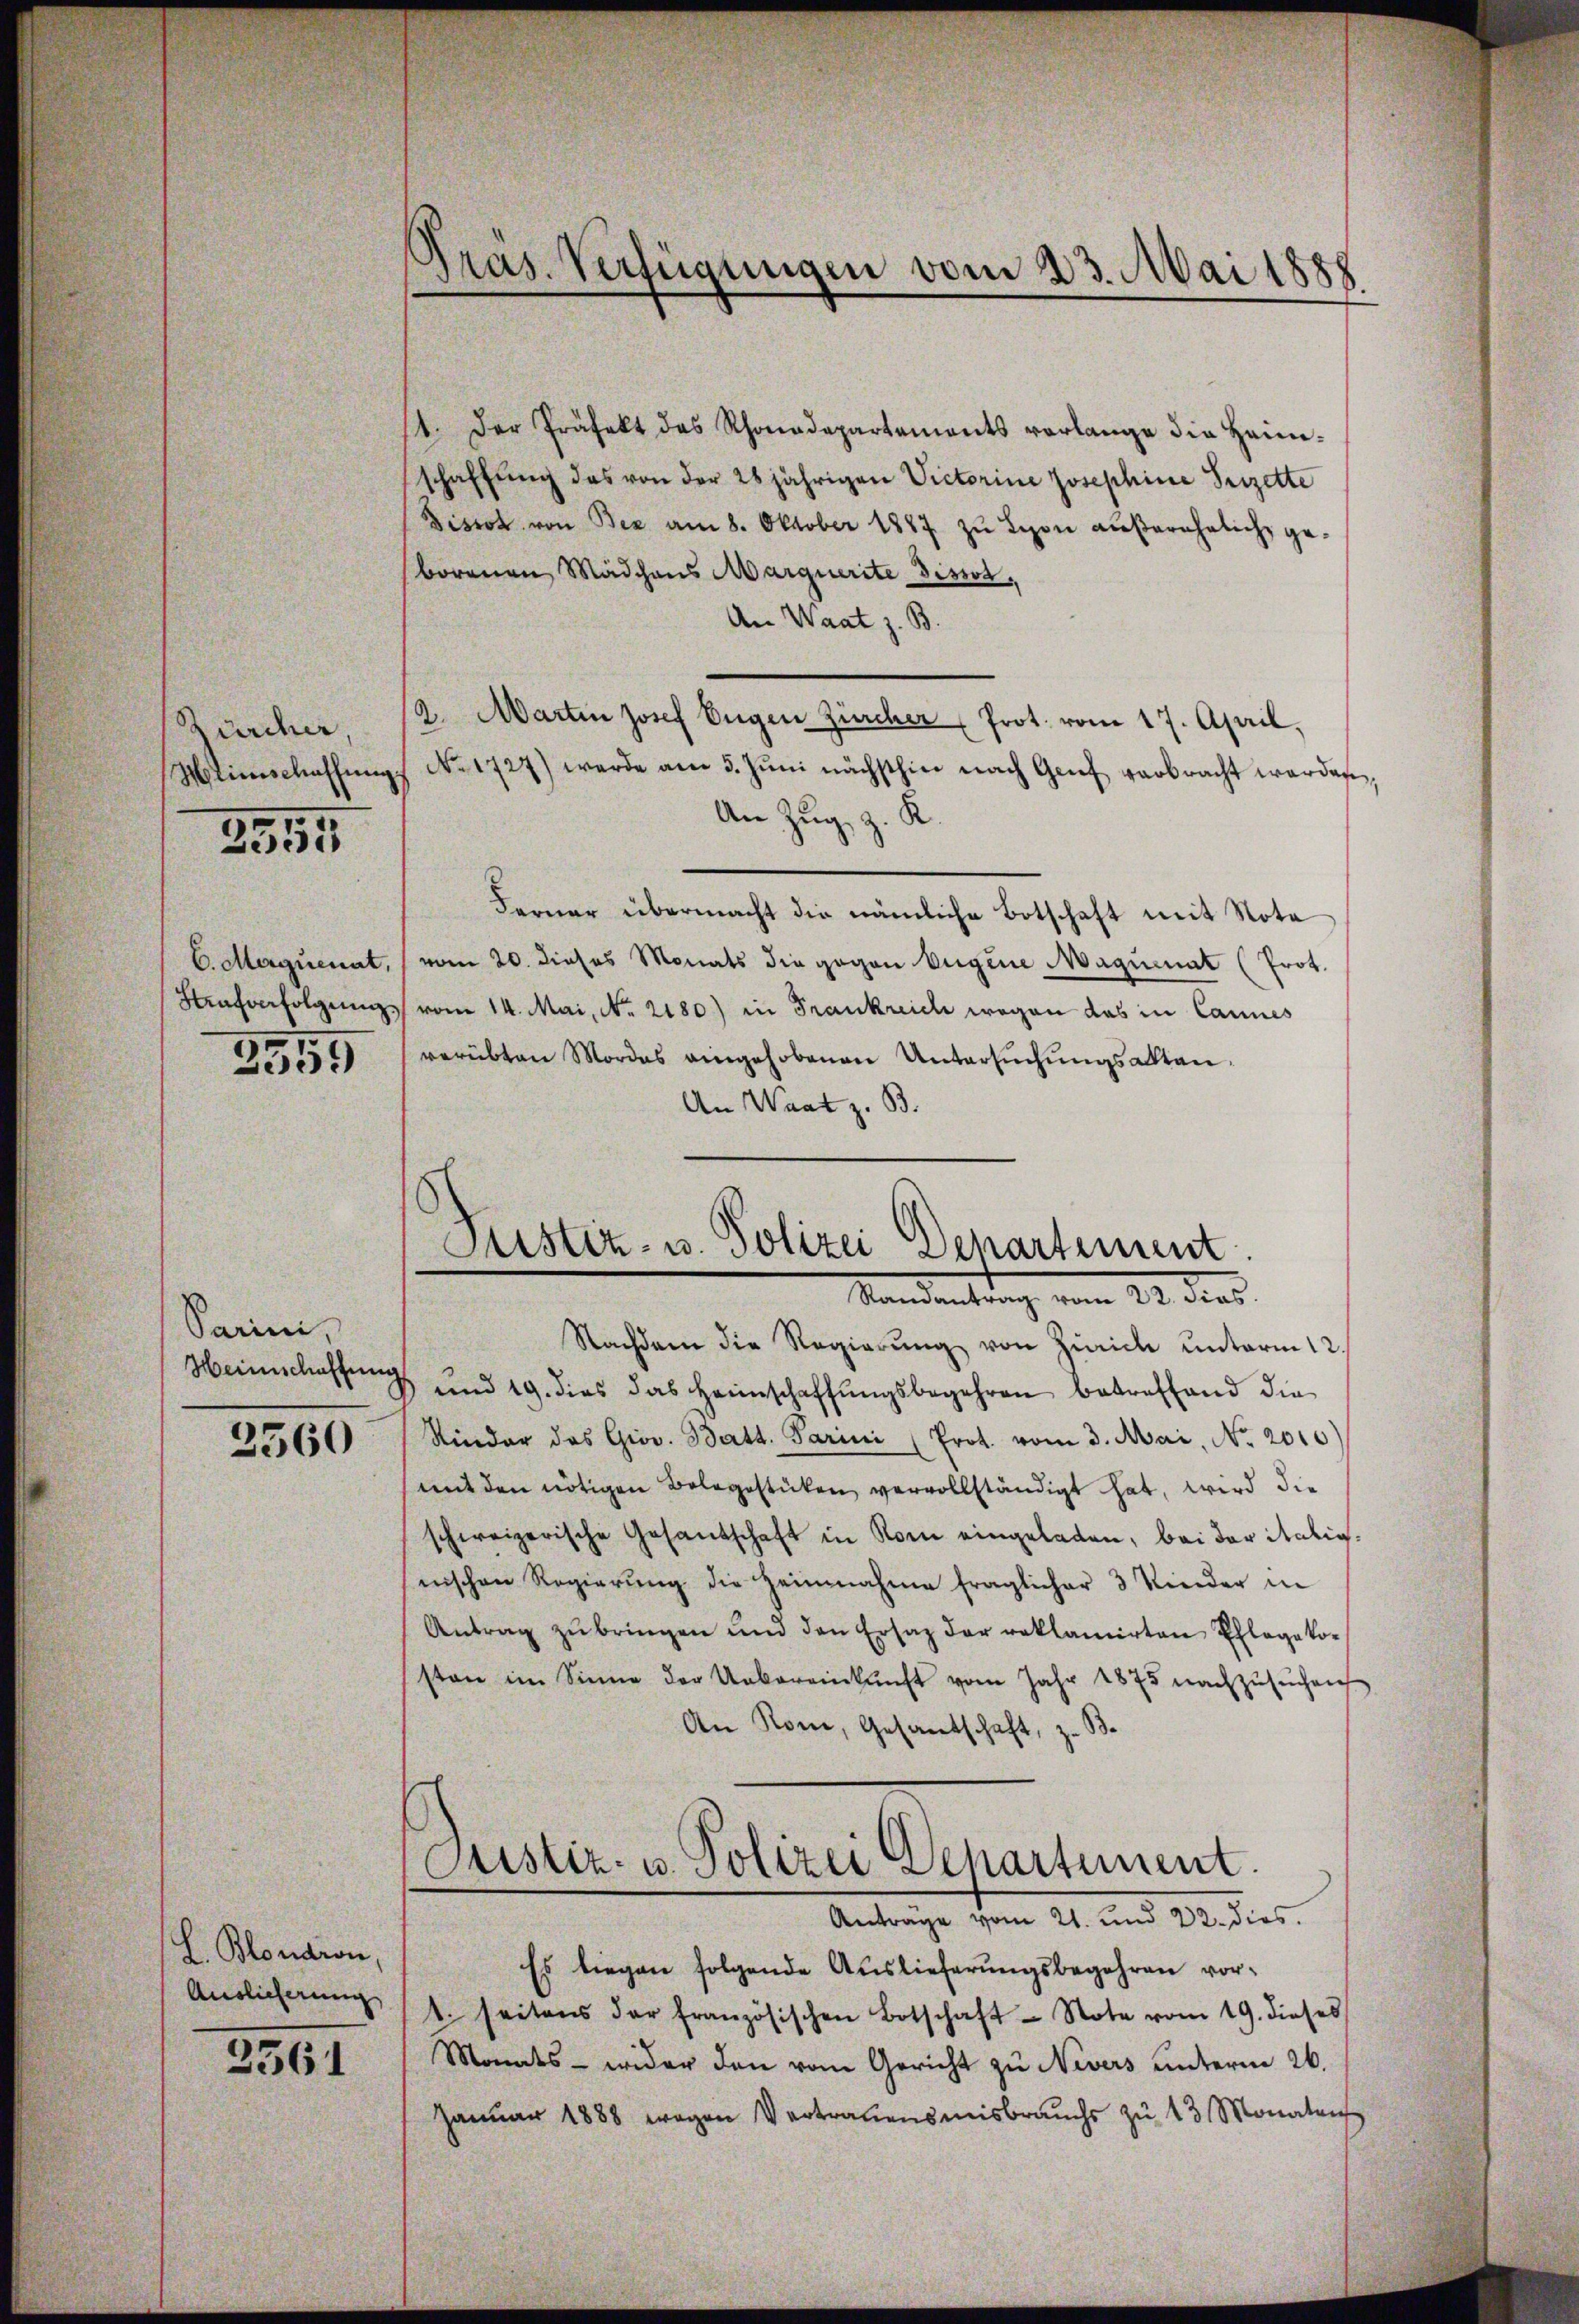
Zürcher
Mtimschaffung.

2555

6. Maguenat,
Strafverfolgen,

2555

Sarini,
Weinschaffung

3560

L. Blondron,
Auslieferung

2561

Pras. Verfügungen vom 23. Mai 1888

1. Der Präfekt des Rhonadepartements verlange die Heim-
schaffung das von der 28jährigen Victorine Josephine Frizette
Fisrot von Bez. am 8. Oktober 1887 zŭ Leon aŭβerehelich ge-
borenen Mädchens Marquerite dissot.
An Waat z. B.
2. Marten Josef Eŭgen Zürcher (Prot. vom 17. April,
No. 1727) werde am 5. Jŭni nächsthin nach Genf verbracht werden,
An Zug, z. K.
Ferner übermacht die nämliche Botschaft mit Nota
vom 20. dieses Monats die gegen Eugene Maquenat (Prot.
vom 14. Mai, No. 2180) in Frankreich wegen das in Cannes
verübten Mordes eingehobenen Untersŭchŭngsaktan¬
An Wart z. B.
Nachdem die Regierŭng von Zürich unterm 12.
1 und 19. dies das Heimschaffŭngsbegehren betreffend die
Kinder das Giov. Batt. Parini (Prot. vom 3. Mai, No. 2010
mit den nötigen Belegestücken vervollständigt hat, wird die
schweizerische Gesandschaft in Rom eingeladen, bei der italig,
nischen Regierŭng die Heinnahme fraglicher 3 Kinder in
Antrag zŭ bringen und den Ersatz der reklamirten Pflegeko-
sten im Sinne der Uebereinkunft vom Jahr 1875 nachzŭsŭchen
An Rom, Gesandschaft, z. B.
Justiz- u. Polizei Departement.
Anträge vom 21. und 22. dies
Es liegen folgende Auslieferungsbegehren vort. seitens der französischen Botschaft - Note vom 19. dieses
Monats - wider den vom Gericht zu Nevers unterm 26.
Janŭar 1888 wegen Vertrauensmisbrauchs zŭ 13 Monaten

Justiz- u. Polizei Departement
Randantrag vom 22. dies